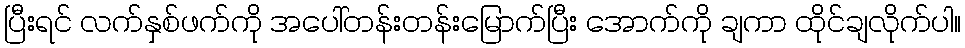
ပြီးရင် လက်နှစ်ဖက်ကို အပေါ်တန်းတန်းမြောက်ပြီး အောက်ကို ချကာ ထိုင်ချလိုက်ပါ။